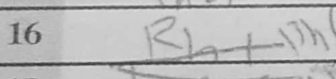
Transcription: Bh6